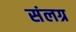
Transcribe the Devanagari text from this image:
संलग्र